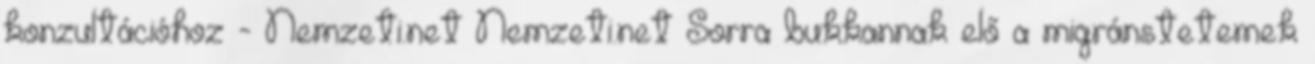
konzultációhoz - Nemzeti.net Nemzeti.net Sorra bukkannak elő a migránstetemek